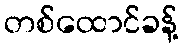
တစ်ထောင်ခန့်